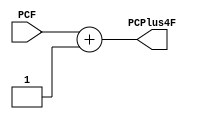
`timescale 1ns / 1ps

module ADD4PC #(parameter WIDTH=32)
   (
    input [WIDTH-1:0]  PCF,
    output [WIDTH-1:0] PCPlus4F
    );

   assign PCPlus4F=PCF+1;
   
endmodule // ADD4PC